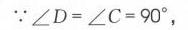
\(\because \angle D = \angle C = 90^{\circ}\)